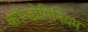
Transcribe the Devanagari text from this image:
कॉन्डोमिनियम